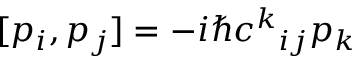
[ p _ { i } , p _ { j } ] = - i \hbar c ^ { k } { } _ { i j } p _ { k }